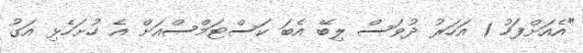
"އެއަށްފަހު 1 އަަހަރު ދުވަސް ލިބޭ އެބަ ކަސްޓަމްސްއަށް އެ ހުށަހެޅި އަގު